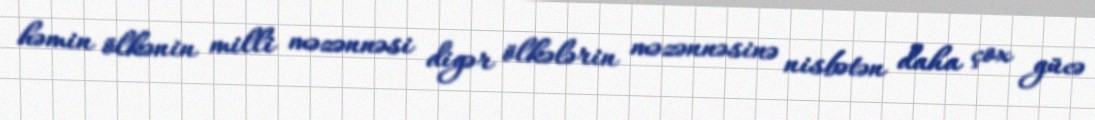
həmin ölkənin milli məzənnəsi digər ölkələrin məzənnəsinə nisbətən daha çox gücə